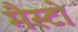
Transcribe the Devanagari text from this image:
मैस्टो